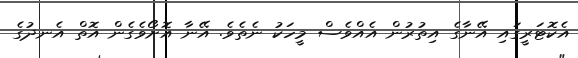
އެކޮޓަރީގައި އޭނާގެ އިތުރުން އެއްވެސް މީހަކު ނެތެވެ. އޭނާ އޮށޯވެގެން އޮތް އެނދުގެ